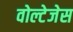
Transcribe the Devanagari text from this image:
वोल्टेजेस